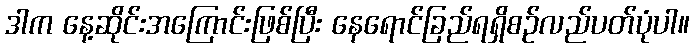
ဒါက နေ့ဆိုင်းအကြောင်းဖြစ်ပြီး နေရောင်ခြည်ရရှိစဉ်လည်ပတ်ပုံပါ။